Calcutta medical institutions reports 1892-1900
Year: 1892
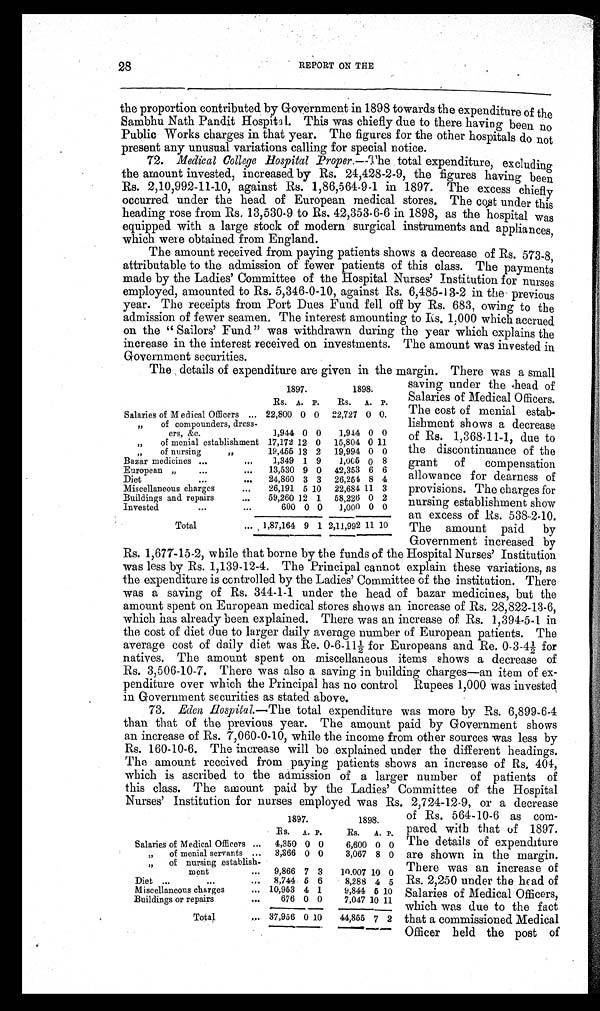
28
REPORT ON THE
the proportion contributed by Government in 1898 towards the expenditure of the
Sambhu Nath Pandit Hospita1. This was chiefly due to there having been no
Public Works charges in that year. The figures for the other hospitals do not
present any unusual variations calling for special notice.
72. Medical College Hospital Proper.—The total expenditure, excluding
the amount invested, increased by Rs. 24,428-2-9, the figures having been
Rs. 2,10,992-11-10, against Rs. 1,86,564-9-1 in 1897. The excess chiefly
occurred under the head of European medical stores. The cost under this
heading rose from Rs. 13,530-9 to Rs. 42,353-6-6 in 1898, as the hospital was
equipped with a large stock of modern surgical instruments and appliances,
which were obtained from England.
The amount received from paying patients shows a decrease of Rs. 573-8,
attributable to the admission of fewer patients of this class. The payments
made by the Ladies' Committee of the Hospital Nurses' Institution for nurses
employed, amounted to Rs. 5,346-0-10, against Rs. 6,485-13-2 in the previous
year. The receipts from Port Dues Fund fell off by Rs. 683, owing to the
admission of fewer seamen. The interest amounting to Rs. 1,000 which accrued
on the " Sailors' Fund" was withdrawn during the year which explains the
increase in the interest received on investments. The amount was invested in
Government securities.
The details of expenditure are given in the margin. There was a small
1897.
1898.
Rs. A. P.
Rs. A. P.
Salaries of Medical Officers ... 22,800 0 0 22,727 0 0.
„
of compounders, dress-
ers, &c.
1,944 0 0
1,944 0 0
„
of menial establishment 17,172 12 0 15,804 0 11
„
of nursing
„
19,455 13 2 19,994 0 0
Bazar medicines ...
...
1,349 1 9
1,005 0 8
European „
...
...
13,530 9 0 42,353 6 6
Diet
. . .
...
24,860 3 3 26,254 8 4
Miscellaneous charges
...
26,191 5 10 22,684 11 3
Buildings and repairs
...
59,260 12 1 58,226 0 2
Invested
. . .
...
600 0 0
1,000 0 0
Total
... 1,87,164 9 1 2,11,992 11 10
saving under the head of
Salaries of Medical Officers.
The cost of menial estab-
lishment shows a decrease
of Rs. 1,368-11-1, due to
the discontinuance of the
grant of compensation
allowance for dearness of
provisions. The charges for
nursing establishment show
an excess of Rs. 538-2-10.
The amount paid by
Government increased by
Rs. 1,677-15-2, while that borne by the funds of the Hospital Nurses' Institution
was less by Rs. 1,139-12-4. The Principal cannot explain these variations, as
the expenditure is controlled by the Ladies' Committee of the institution. There
was a saving of Rs. 344-1-1 under the head of bazar medicines, but the
amount spent on European medical stores shows an increase of Rs. 28,822-13-6,
which has already been explained. There was an increase of Rs. 1,394-5-1 in
the cost of diet due to larger daily average number of European patients. The
average cost of daily diet was Re. 0-6-11½ for Europeans and Re. 0-3-4½ for
natives. The amount spent on miscellaneous items shows a decrease of
Rs. 3,506-10-7. There was also a saving in building charges—an item of ex-
penditure over which the Principal has no control Rupees 1,000 was invested
in Government securities as stated above.
73. Eden Hospital.—The total expenditure was more by Rs. 6,899-6-4
than that of the previous year. The amount paid by Government shows
an increase of Rs. 7,060-0-10, while the income from other sources was less by
Rs. 160-10-6. The increase will be explained under the different headings.
The amount received from paying patients shows an increase of Rs, 404,
which is ascribed to the admission of a larger number of patients of
this class. The amount paid by the Ladies' Committee of the Hospital
Nurses' Institution for nurses employed was Rs. 2,724-12-9, or a decrease
1897.
1898.
Rs. A. P.
Rs.
A. P.
Salaries of Medical Officers ...
4,350 0 0
6,600 0 0
„ of menial servants ...
3,366 0 0
3,067 8 0
„ of nursing establish-
ment
...
9,866 7 3
10,007 10 0
Diet ...
...
...
8,744
5 6
8,288 4 5
Miscellaneous charges
... 10,953 4 1
9,844
5 10
Buildings or repairs
...
676 0 0
7,047 10 11
Total
... 37,956 0 10
44,855 7 2
of Rs. 564-10-6 as com-
pared with that of 1897.
The details of expenditure
are shown in the margin.
There was an increase of
Rs. 2,250 under the head of
Salaries of Medical Officers,
which was due to the fact
that a commissioned Medical
Officer held the post of